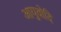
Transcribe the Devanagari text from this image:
आयुवोदि